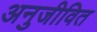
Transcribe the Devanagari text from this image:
अनुजीवित